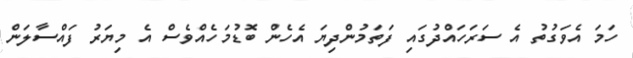
ހަމަ އެވަގުތު އެ ސަރަހައްދުގައި ފަތަމުންދިޔަ އެހެން ބޮޑުމަހެއްވެސް އެ މިޔަރު ފައްސާލަން